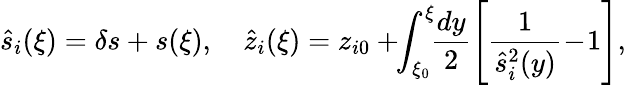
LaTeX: \hat{s}_{i}(\xi)=\delta s+s(\xi),\quad\hat{z}_{i}(\xi)=z_{i0}+\! \! \int_{\xi_{0}}^{\xi}\! \! \frac{dy}2\left[\frac{1}{\hat{s}_{i}^{2}(y)}\! -\! 1\right],